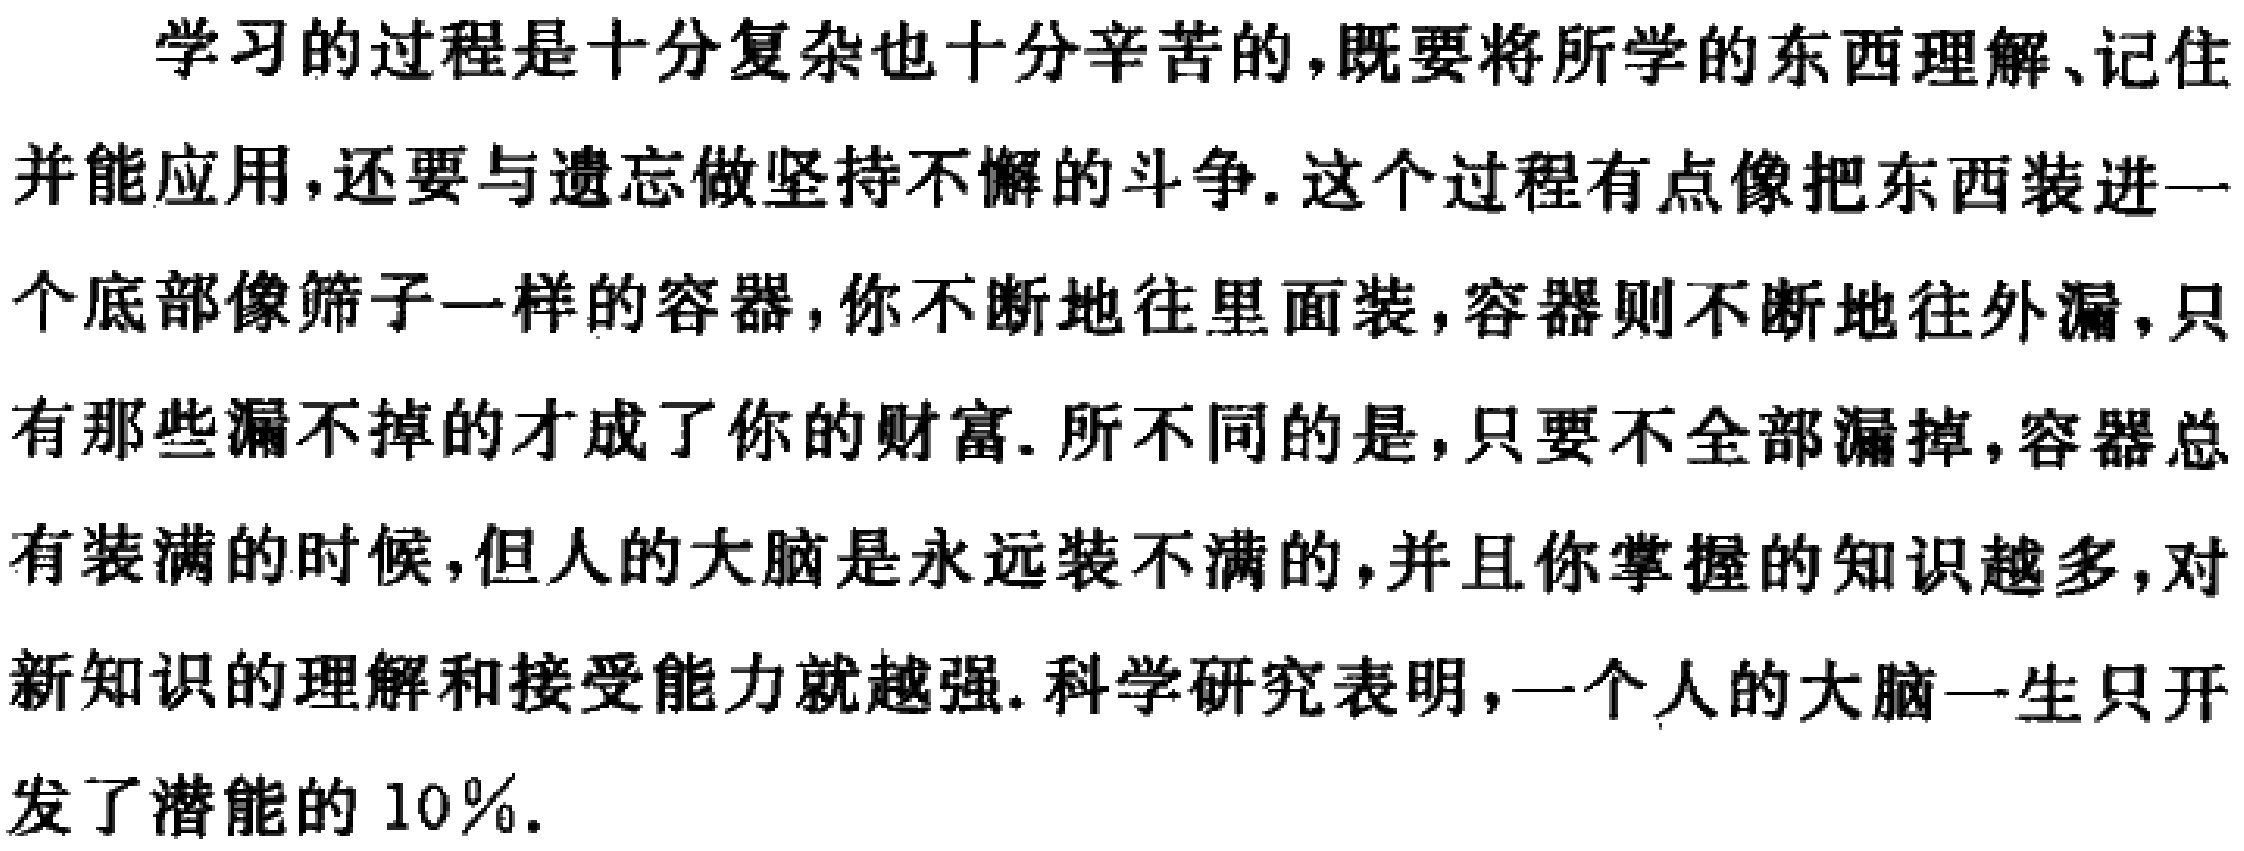
学习的过程是十分复杂也十分辛苦的,既要将所学的东西理解、记住并能应用,还要与遗忘做坚持不懈的斗争. 这个过程有点像把东西装进一个底部像筛子一样的容器,你不断地往里面装,容器则不断地往外漏,只有那些漏不掉的才成了你的财富. 所不同的是,只要不全部漏掉,容器总有装满的时候,但人的大脑是永远装不满的,并且你掌握的知识越多,对新知识的理解和接受能力就越强. 科学研究表明,一个人的大脑一生只开发了潜能的 10％.